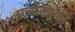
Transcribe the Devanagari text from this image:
प्रचालाकों